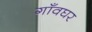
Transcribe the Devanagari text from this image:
गाँवघर